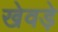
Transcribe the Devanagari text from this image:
खेवड़े